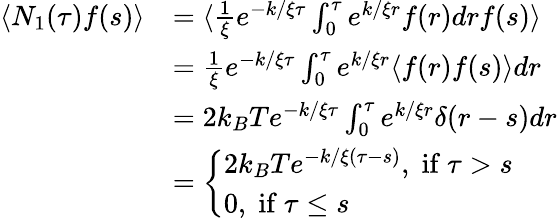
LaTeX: \begin{array}{rl}{\langle N_{1}(\tau)f(s)\rangle}&{=\langle\frac{1}{\xi}e^{-k/\xi\tau}\int_{0}^{\tau}e^{k/\xi r}f(r)drf(s)\rangle}\\ &{=\frac{1}{\xi}e^{-k/\xi\tau}\int_{0}^{\tau}e^{k/\xi r}\langle f(r)f(s)\rangle dr}\\ &{=2k_{B}Te^{-k/\xi\tau}\int_{0}^{\tau}e^{k/\xi r}\delta(r-s)dr}\\ &{=\left\{ \begin{array}{ll}{2k_{B}Te^{-k/\xi(\tau-s)},\; \mathrm{if~}\tau>s}\\ {0,\; \mathrm{if~}\tau\leq s}\end{array}\right.}\end{array}